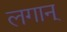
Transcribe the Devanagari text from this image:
लगान्‌